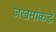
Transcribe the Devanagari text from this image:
जखमांकडे